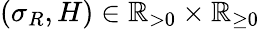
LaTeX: (\sigma_{R},H)\in\mathbb R_{>0}\times\mathbb R_{\geq 0}